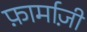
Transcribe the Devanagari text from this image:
फ़ार्माज़ी